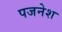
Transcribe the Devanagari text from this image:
पजनेश